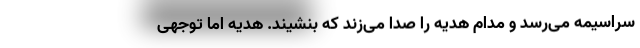
سراسیمه می‌رسد و مدام هدیه را صدا می‌زند که بنشیند. هدیه اما توجهی